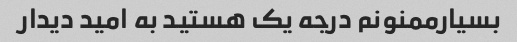
بسیارممنونم درجه یک هستید به امید دیدار